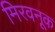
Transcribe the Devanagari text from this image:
मिरवनूक